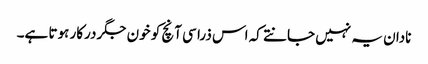
نادان یہ نہیں جانتے کہ اس ذرا سی آنچ کو خون جگر درکار ہوتا ہے۔